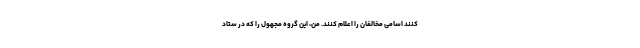
کنند اسامی مخالفان را اعلام کنند. من، این گروه مجهول را که در ستاد